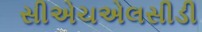
સીએચએલસીડી